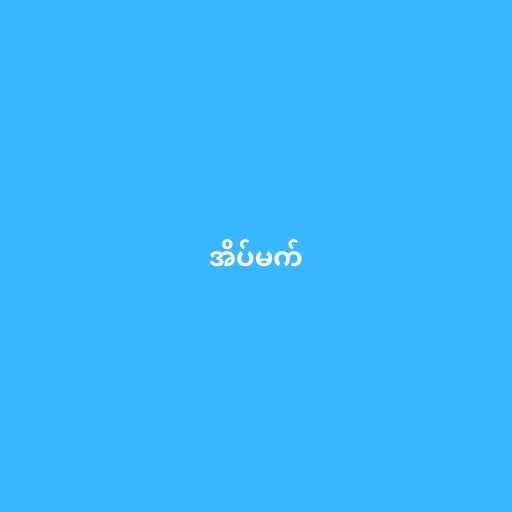
အိပ်မက်